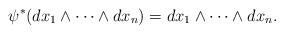
LaTeX: \begin{align*}\psi^*(dx_1 \wedge \cdots \wedge dx_n)=dx_1 \wedge \cdots \wedge dx_n.\end{align*}